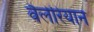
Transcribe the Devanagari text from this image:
वैलेरियान